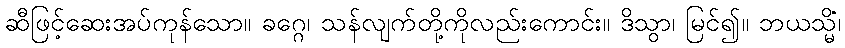
ဆီဖြင့်ဆေးအပ်ကုန်သော။ ခဂ္ဂေ၊ သန်လျက်တို့ကိုလည်းကောင်း။ ဒိသွာ၊ မြင်၍။ ဘယသ္မိံ၊